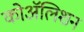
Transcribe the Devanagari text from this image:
कोॲलिशन